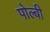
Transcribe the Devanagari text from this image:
पोल्बी